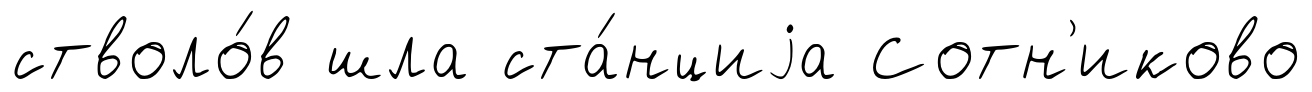
стволо́в шла ста́нциjа Сотн'иково